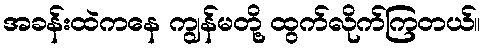
အခန်းထဲကနေ ကျွန်မတို့ ထွက်လိုက်ကြတယ်။